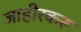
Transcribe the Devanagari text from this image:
जाहीरकरू